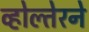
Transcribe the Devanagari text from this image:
व्होल्तेरने